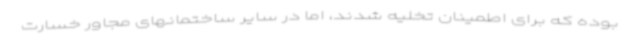
بوده که برای اطمینان تخلیه شدند، اما در سایر ساختمانهای مجاور خسارت